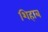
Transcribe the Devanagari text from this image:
शिहाब